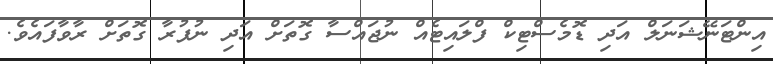
އިންޓަނޭޝަނަލް އަދި ޑޮމެސްޓިކް ފްލައިޓެއް ނުޖައްސާ ގޮތަށް އަދި ނުފުރާ ގޮތަށް ރާވާފައެވެ.